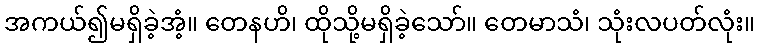
အကယ်၍မရှိခဲ့အံ့။ တေနဟိ၊ ထိုသို့မရှိခဲ့သော်။ တေမာသံ၊ သုံးလပတ်လုံး။